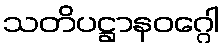
သတိပဋ္ဌာနဝဂ္ဂေါ